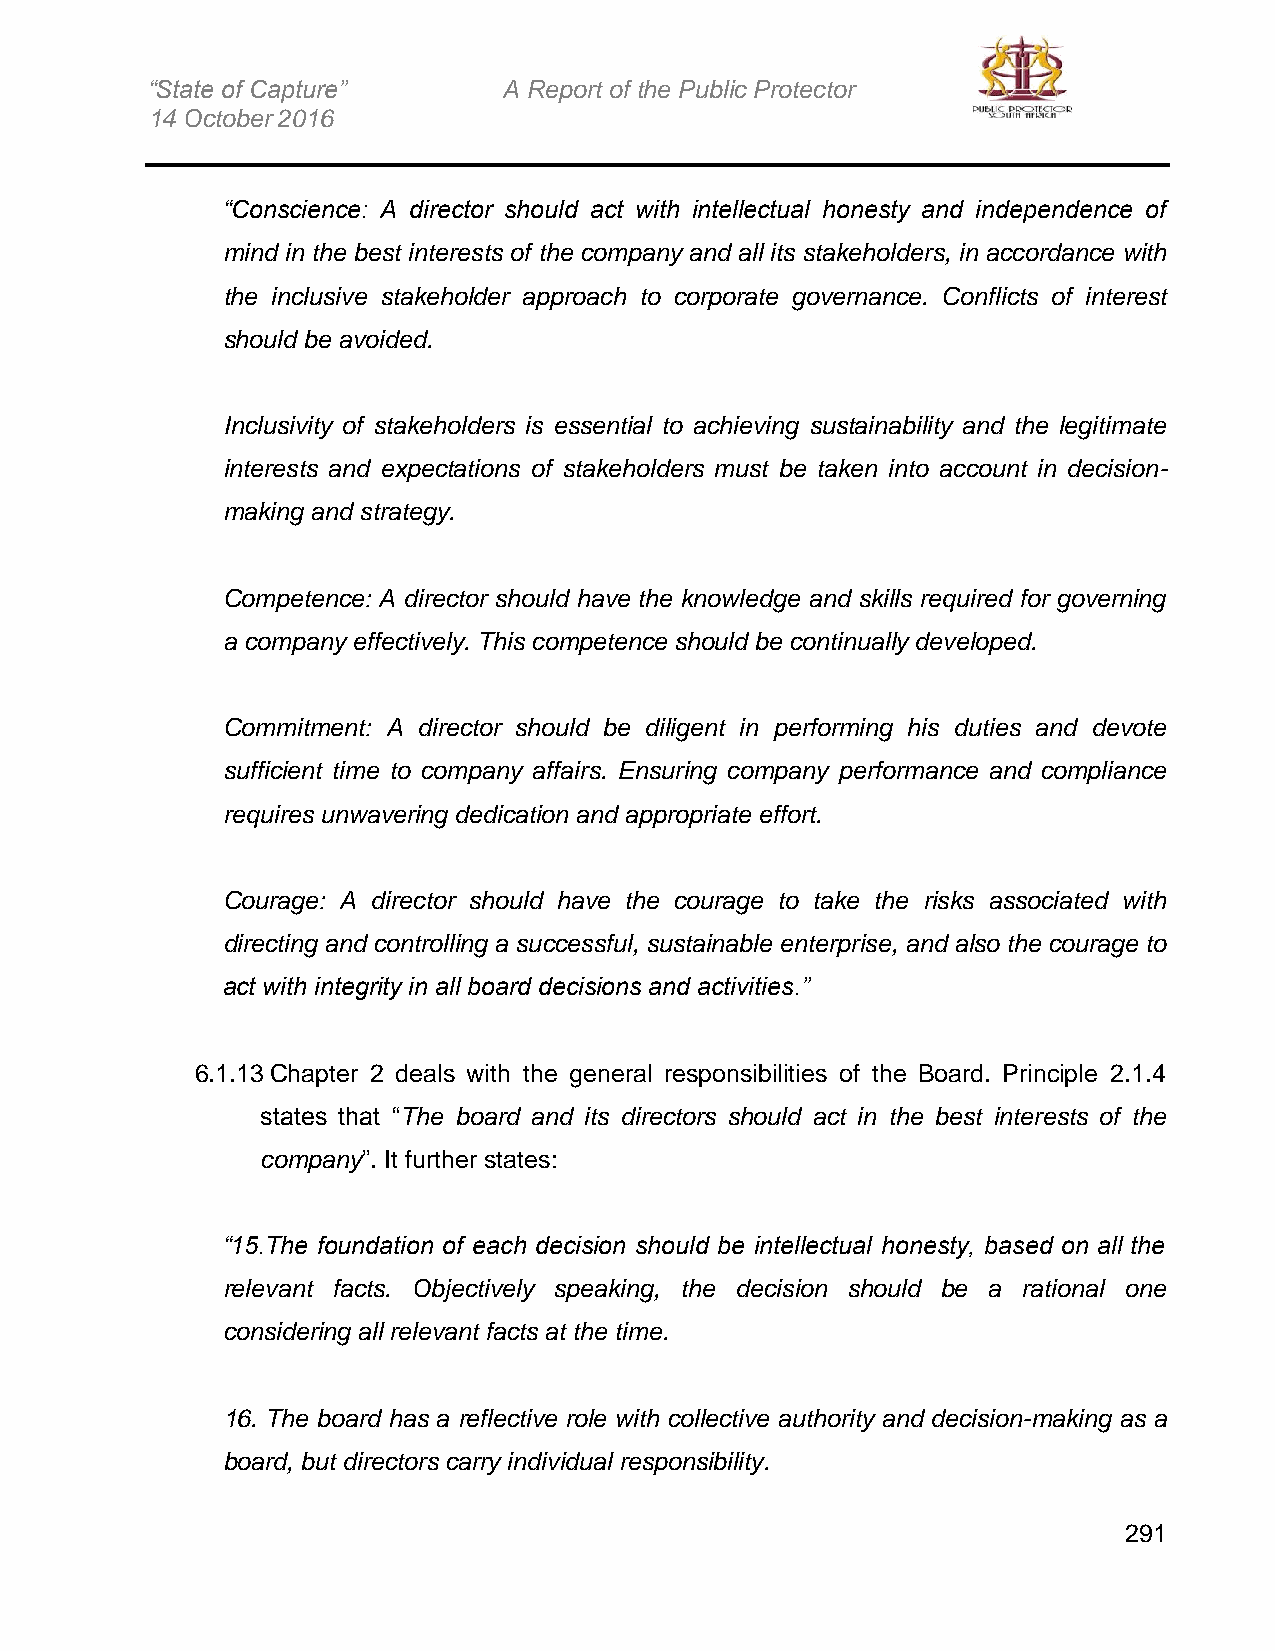
“State of Capture”     A Report of the Public Protector
 14 October 2016
 “Conscience: A director should act with intellectual honesty and independence of
 mind in the best interests of the company and all its stakeholders, in accordance with
 the inclusive stakeholder approach to corporate governance. Conflicts of interest
 should be avoided.
 Inclusivity of stakeholders is essential to achieving sustainability and the legitimate
 interests and expectations of stakeholders must be taken into account in decision-
 making and strategy.
 Competence: A director should have the knowledge and skills required for governing
 a company effectively. This competence should be continually developed.
 Commitment: A director should be diligent in performing his duties and devote
 sufficient time to company affairs. Ensuring company performance and compliance
 requires unwavering dedication and appropriate effort.
 Courage: A director should have the courage to take the risks associated with
 directing and controlling a successful, sustainable enterprise, and also the courage to
 act with integrity in all board decisions and activities.”
 6.1.13 Chapter 2 deals with the general responsibilities of the Board. Principle 2.1.4
 states that “The board and its directors should act in the best interests of the
 company”. It further states:
 “15.The foundation of each decision should be intellectual honesty, based on all the
 relevant facts. Objectively speaking, the decision should be a rational one
 considering all relevant facts at the time.
 16. The board has a reflective role with collective authority and decision-making as a
 board, but directors carry individual responsibility.
 291